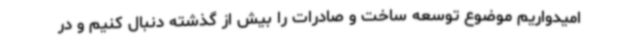
امیدواریم موضوع توسعه ساخت و صادرات را بیش از گذشته دنبال کنیم و در